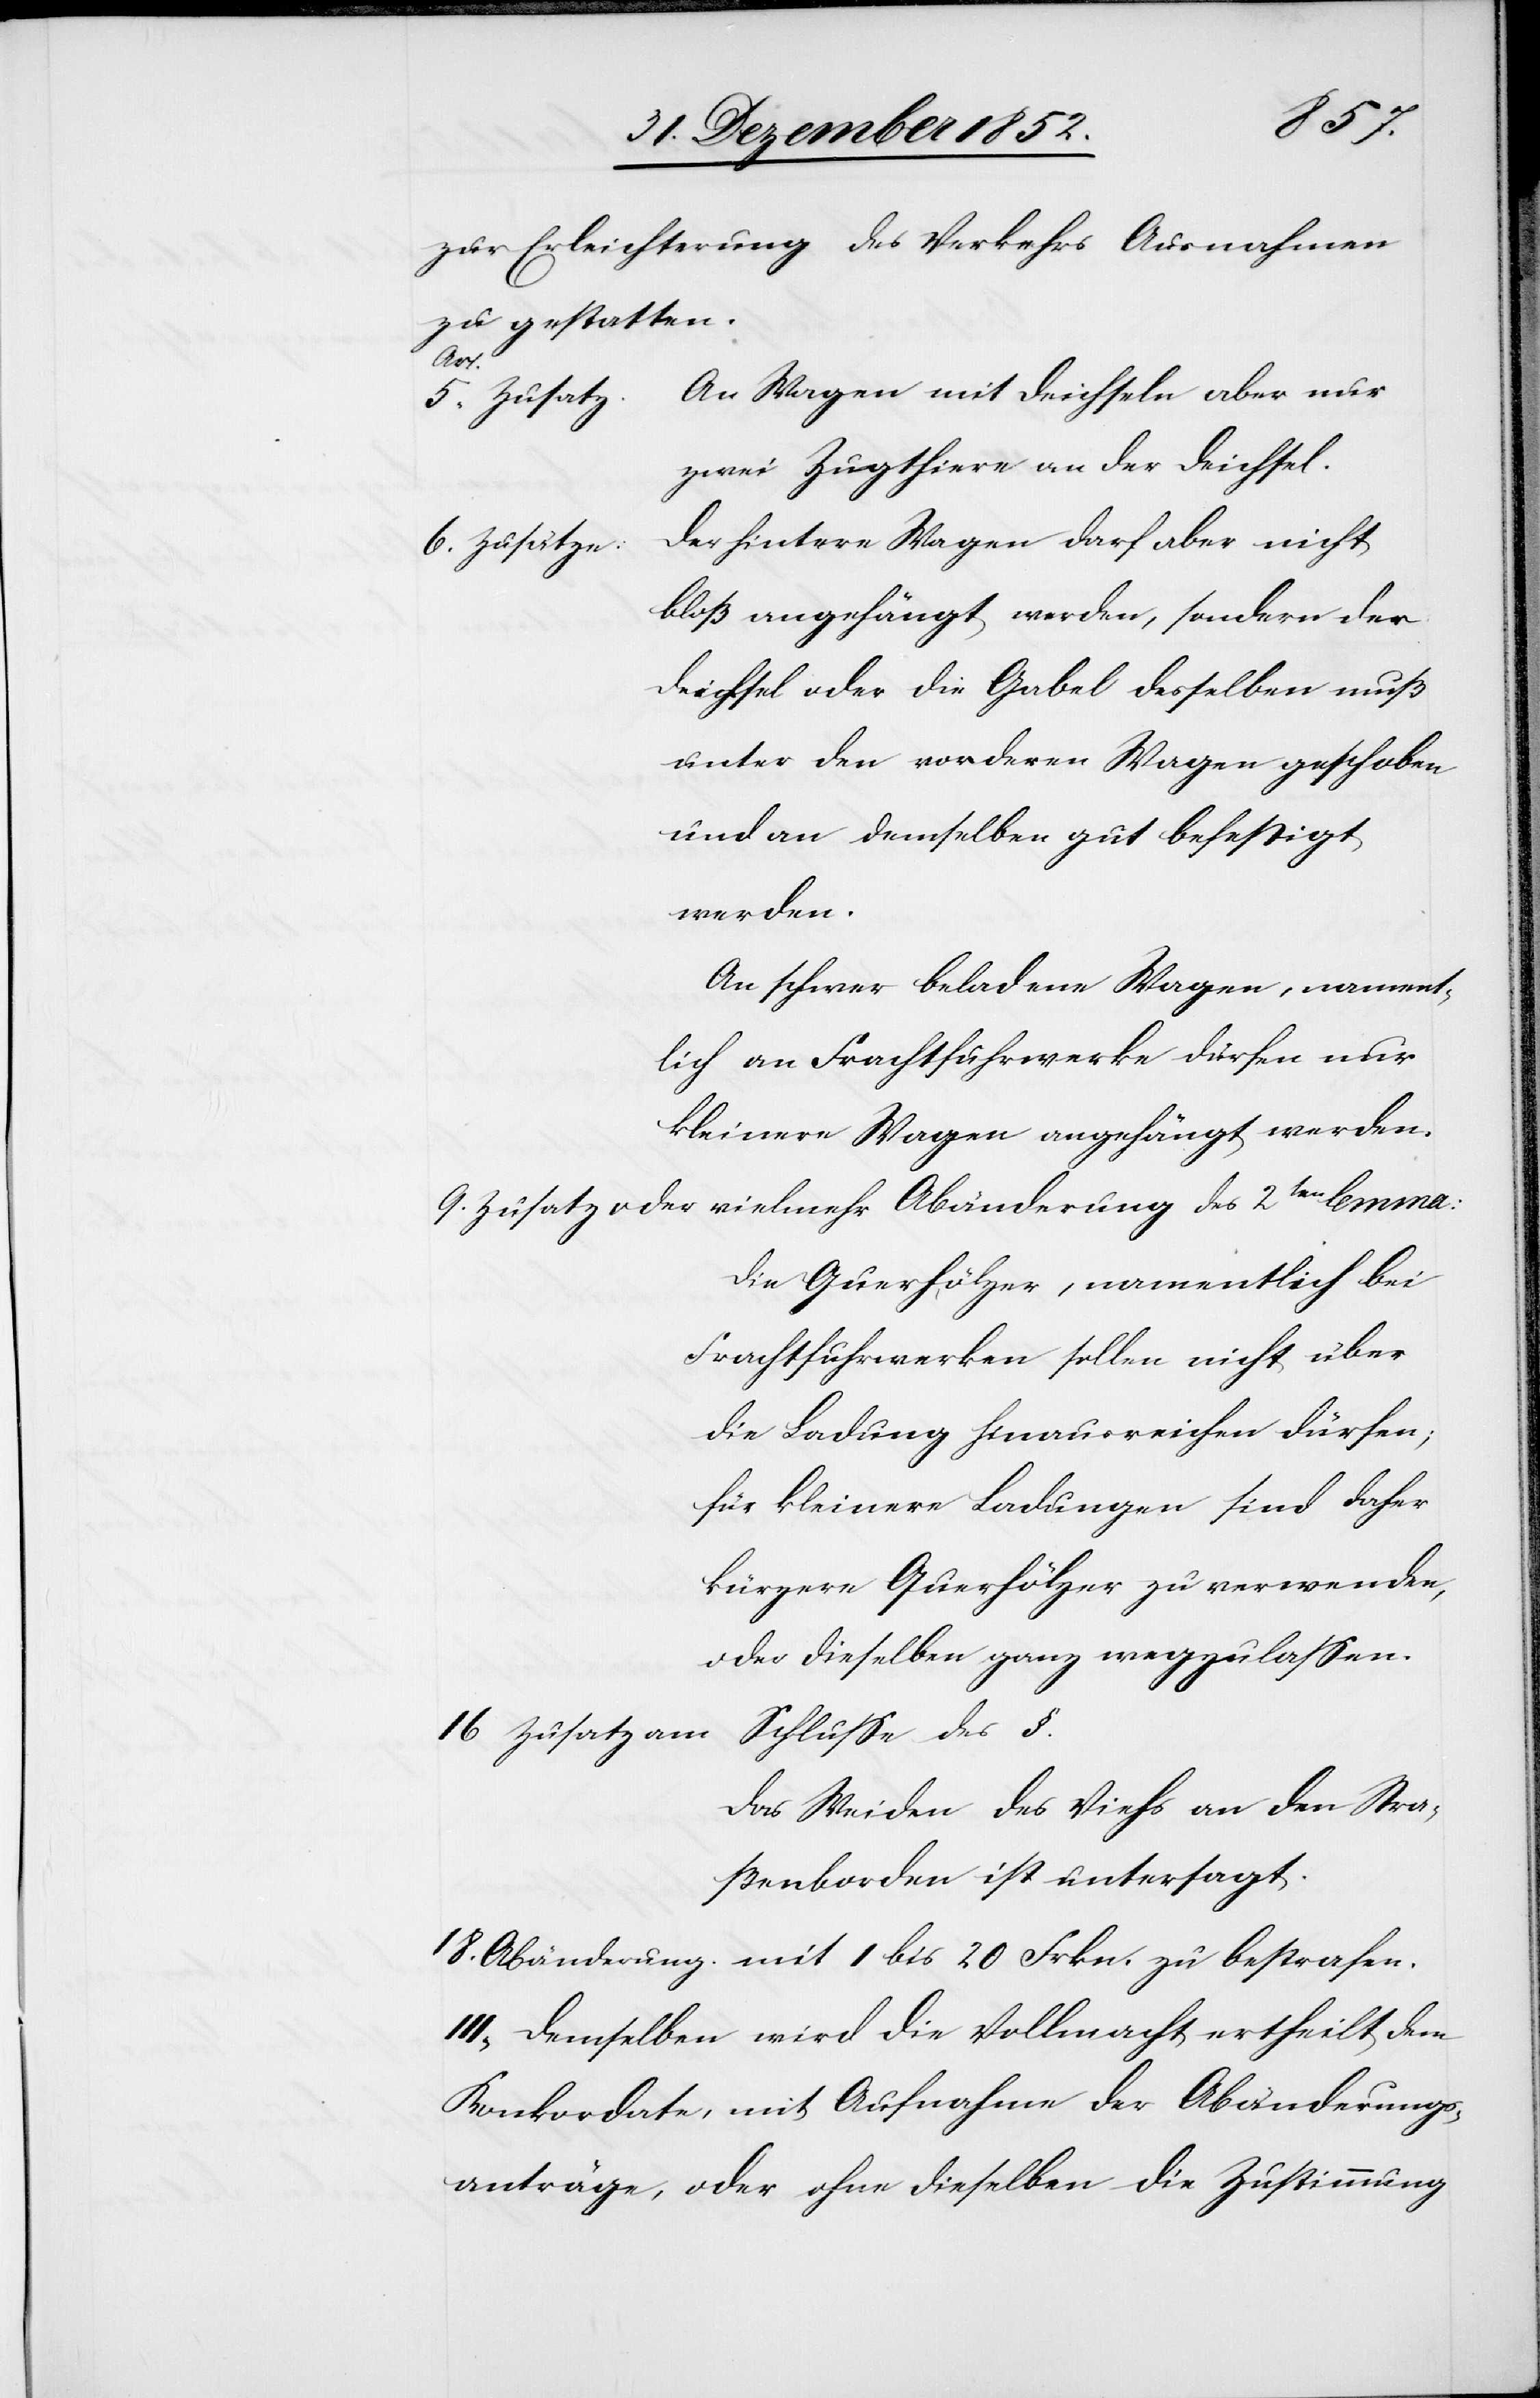
Frkn.
zur Erleichterung des Verkehrs Ausnahmen
zu gestatten.
An Wagen mit Deichseln aber nur
zwei Zugthiere an der Deichsel.
Der hintere Wagen darf aber nicht
bloß angehängt werden, sondern der
Deichsel oder die Gabel desselben muß
unter den vorderen Wagen geschoben
und an demselben gut befestigt
werden.
An schwer beladene Wagen, nament¬
lich an Frachtfuhrwerke dürfen nur
kleinere Wagen angehängt werden.
Zusatz oder vielmehr Abänderung des 2ten lemma:
Die Querhölzer, namentlich bei
Frachtfuhrwerken sollen nicht über
die Ladung hinausreichen dürfen;
für kleinere Ladungen sind daher
kürzere Querhölzer zu verwenden,
oder dieselben ganz wegzulassen.
Zusatz am
Schlusse des §.
Das Weiden des Viehs an den Stra¬
ßenborden ist untersagt.
III, Demselben wird die Vollmacht ertheilt dem
Konkordate, mit Aufnahme der Abänderungs¬
anträge, oder ohne dieselben die Zustimmung